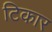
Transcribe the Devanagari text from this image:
टिकार